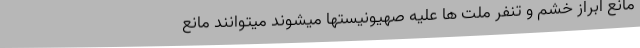
مانع ابراز خشم و تنفر ملت ها علیه صهیونیستها میشوند میتوانند مانع